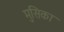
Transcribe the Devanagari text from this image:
मुसिका